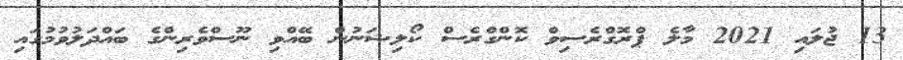
13 ޖުލައި 2021 މާލެ ޕްރޮގްރެސިވް ކޮންގްރެސް ކޯލިޝަނުން ބޭއްވި ނޫސްވެރިންގެ ބައްދަލުވުމުގައި